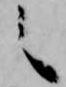
之